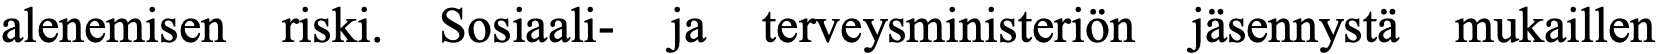
alenemisen riski. Sosiaali- ja terveysministeriön jäsennystä mukaillen